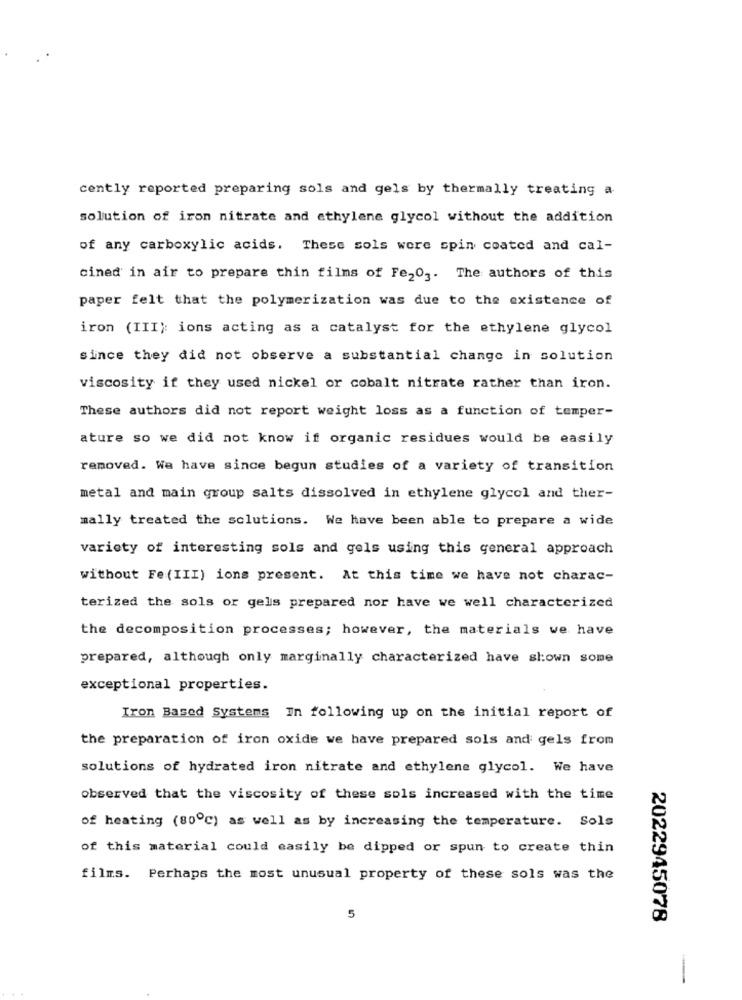
cently reported preparing sols and gels by thermally treating a
solution of iron nitrate and ethylene glycol without the addition
of any carboxylic acids. These sols wore spin coated and cal-
cined in air to prepare thin films of Fe203. The authors of this
paper felt that the polymerization was due to the existence of
iron (III): ions acting as a catalyst for the ethylene glycol
since they did not observe a substantial change in solution
viscosity if they used nickel or cobalt nitrate rather than iron.
These authors did not report weight loss as a function of temper-
ature so we did not know if organic residues would be easily
removed. We have since begun studies of a variety of transition
metal and main group salts dissolved in ethylene glycol and ther-
mally treated the solutions. We have been able to prepare a wide
variety of interesting sols and gels using this general approach
without Fe (III) ions present. At this time we have not charac-
terized the sols or gels prepared nor have we well characterized
the decomposition processes; however, the materials we have
prepared, although only marginally characterized have shown some
exceptional properties.
Iron Based Systems In following up on the initial report of
the preparation of iron oxide we have prepared sols and gels from
solutions of hydrated iron nitrate and ethylene glycol. We have
observed that the viscosity of these sols increased with the time
of heating (80℃) as well as by increasing the temperature. Sols
of this material could easily be dipped or spun to create thin
films. Perhaps the most unusual property of these sols was the
5
2022945078